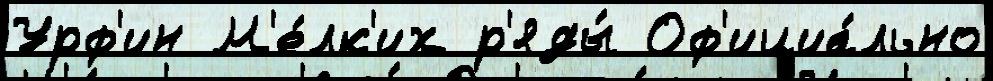
Урф'ин М'е́лк'их р'яды́ Оф'ициа́льно